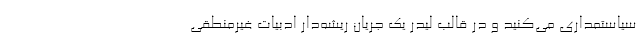
سیاستمداری می‌کنید و در قالب لیدر یک جریان ریشه‌دار ادبیات غیرمنطقی